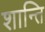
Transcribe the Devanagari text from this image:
शान्‍ति